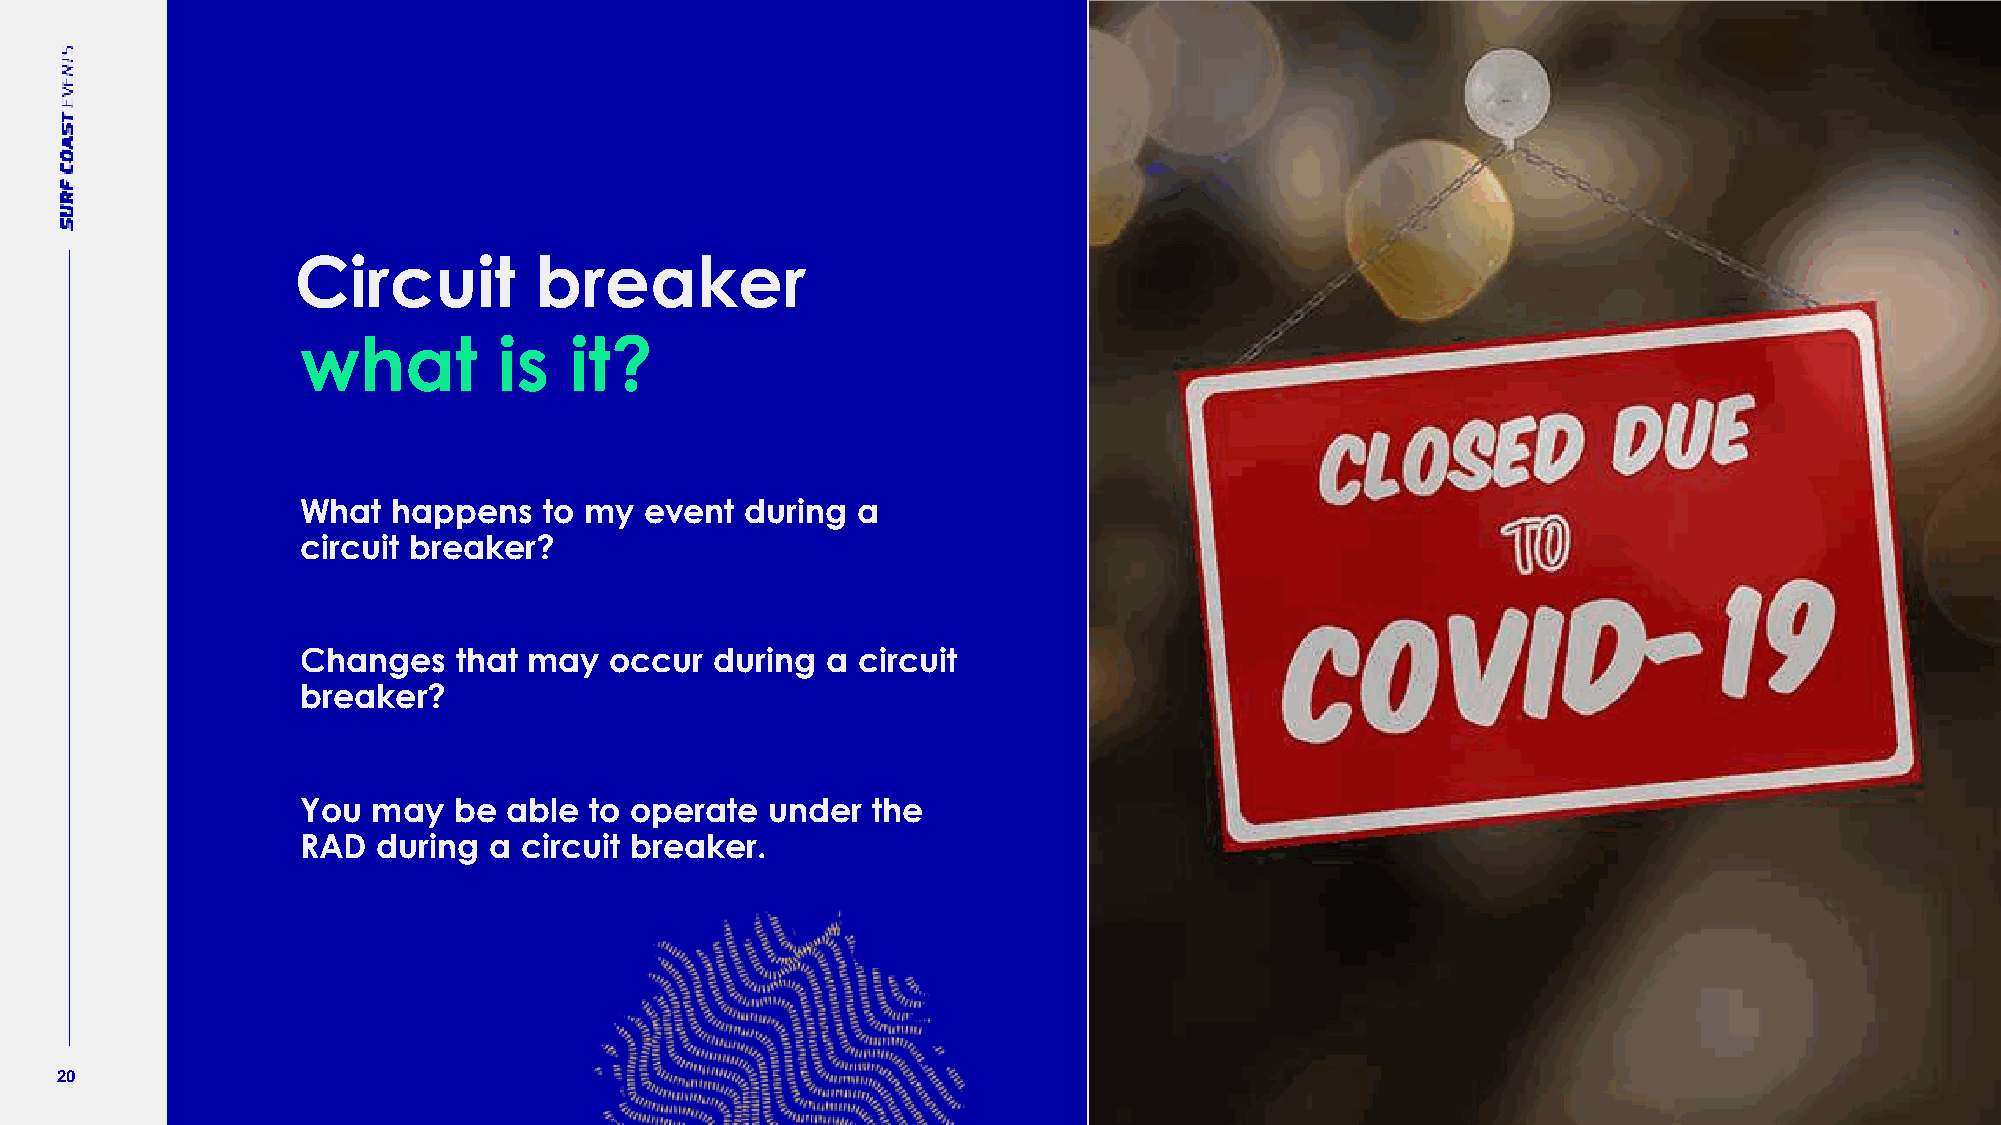
Circuit         breaker
 what         is   it?
 What  happens   to my  event during  a
 circuit breaker?
 Changes   that may  occur  during  a circuit
 breaker?
 You  may  be  able to operate  under  the
 RAD  during a circuit breaker.
 20